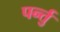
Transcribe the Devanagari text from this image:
पर्न्तु